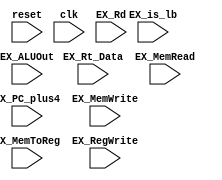
`timescale 1ns / 1ps

module EX_MEM_Reg(reset, clk, EX_PC_plus4, EX_ALUOut, EX_Rt_Data, EX_Rd,
                  EX_MemWrite, EX_MemRead, EX_MemToReg, EX_RegWrite, EX_is_lb);
    
    input reset, clk;

    input [31:0] EX_PC_plus4, EX_ALUOut, EX_Rt_Data;
    input [4:0] EX_Rd;
    input [1:0] EX_MemToReg;
    input EX_MemWrite, EX_MemRead, EX_RegWrite, EX_is_lb;

    reg [31:0] PC_plus4, ALUOut, Rt_Data;
    reg [4:0] Rd;
    reg [1:0] MemToReg;
    reg MemWrite, MemRead, RegWrite, is_lb;

    always @(posedge reset or posedge clk) begin
        if (reset) begin
            PC_plus4 <= 32'h0;
            ALUOut <= 32'h0;
            Rt_Data <= 32'h0;
            Rd <= 5'h0;
            MemToReg <= 2'h0;
            MemWrite <= 1'b0;
            MemRead <= 1'b0;
            RegWrite <= 1'b0;
            is_lb <= 1'b0;
        end
        else begin
            PC_plus4 <= EX_PC_plus4;
            ALUOut <= EX_ALUOut;
            Rt_Data <= EX_Rt_Data;
            Rd <= EX_Rd;
            is_lb <= EX_is_lb;
            MemToReg <= EX_MemToReg;
            MemRead <= EX_MemRead;
            MemWrite <= EX_MemWrite;
            RegWrite <= EX_RegWrite;
        end
    end


endmodule